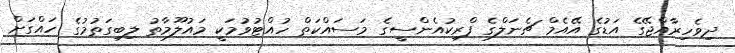
ދިވެހިރާއްޖޭގެ އަޑުގެ އޭއެމް ޗެނަލްގެ ފްރިކުއެންސީގެ މަސައްކަތް ހުއްޓުވުމަކީ މައުލޫމާތު ލިބިގަތުމުގެ ހައްގަށް